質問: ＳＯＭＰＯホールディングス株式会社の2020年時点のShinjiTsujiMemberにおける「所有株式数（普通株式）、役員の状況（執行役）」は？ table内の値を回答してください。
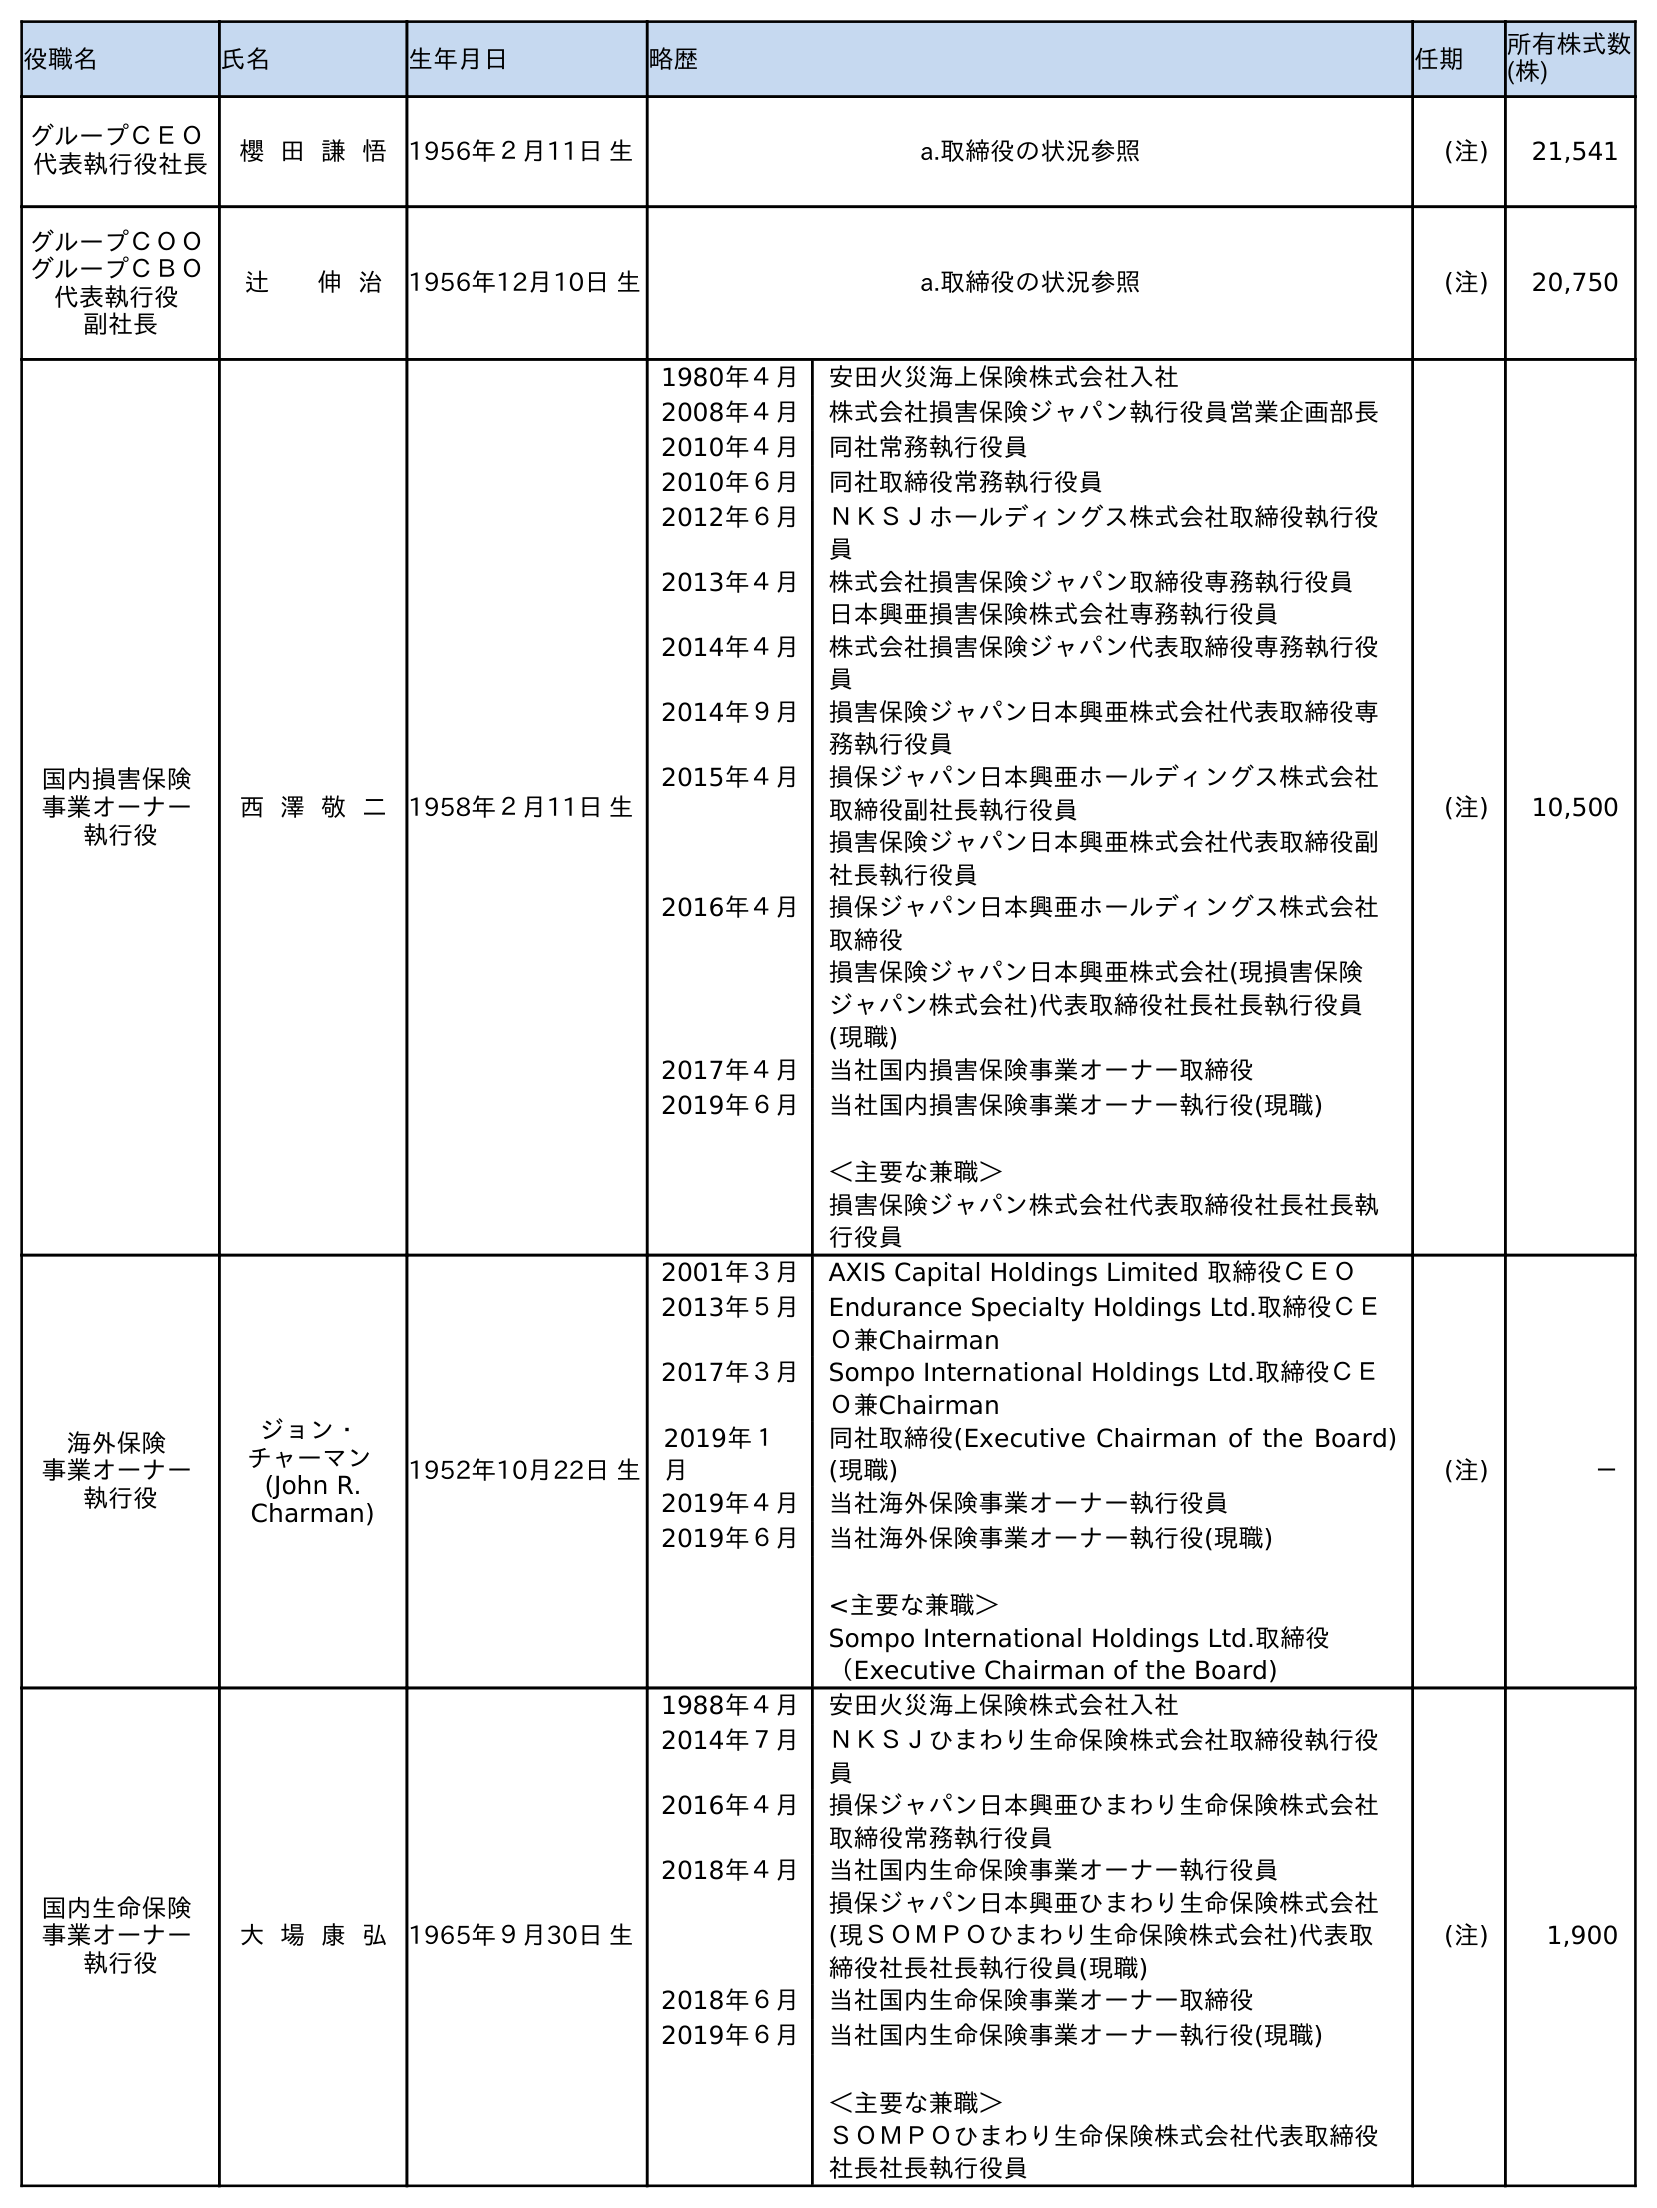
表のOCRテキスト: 役職名 氏名 生年月日 略歴 任期 所有株式数 (株) グループＣＥＯ 代表執行役社長 櫻 田 謙 悟 1956年２月11日 生 a.取締役の状況参照 (注) 21,541 グループＣＯＯ グループＣＢＯ 代表執行役 副社長 辻 伸 治 1956年12月10日 生 a.取締役の状況参照 (注) 20,750 国内損害保険 事業オーナー 執行役 西 澤 敬 二 1958年２月11日 生 1980年４月 安田火災海上保険株式会社入社 2008年４月 株式会社損害保険ジャパン執行役員営業企画部長 2010年４月 同社常務執行役員 2010年６月 同社取締役常務執行役員 2012年６月 ＮＫＳＪホールディングス株式会社取締役執行役 員 2013年４月 株式会社損害保険ジャパン取締役専務執行役員 日本興亜損害保険株式会社専務執行役員 2014年４月 株式会社損害保険ジャパン代表取締役専務執行役 員 2014年９月 損害保険ジャパン日本興亜株式会社代表取締役専 務執行役員 2015年４月 損保ジャパン日本興亜ホールディングス株式会社 取締役副社長執行役員 損害保険ジャパン日本興亜株式会社代表取締役副 社長執行役員 2016年４月 損保ジャパン日本興亜ホールディングス株式会社 取締役 損害保険ジャパン日本興亜株式会社(現損害保険 ジャパン株式会社)代表取締役社長社長執行役員 (現職) 2017年４月 当社国内損害保険事業オーナー取締役 2019年６月 当社国内損害保険事業オーナー執行役(現職) ＜主要な兼職＞ 損害保険ジャパン株式会社代表取締役社長社長執 行役員 (注) 10,500 海外保険 事業オーナー 執行役 ジョン・ チャーマン (John R. Charman) 1952年10月22日 生 2001年３月 AXIS Capital Holdings Limited 取締役ＣＥＯ 2013年５月 Endurance Specialty Holdings Ltd.取締役ＣＥ Ｏ兼Chairman 2017年３月 Sompo International Holdings Ltd.取締役ＣＥ Ｏ兼Chairman 2019年１ 月 同社取締役(Executive Chairman of the Board) (現職) 2019年４月 当社海外保険事業オーナー執行役員 2019年６月 当社海外保険事業オーナー執行役(現職) <主要な兼職＞ Sompo International Holdings Ltd.取締役 （Executive Chairman of the Board) (注) － 国内生命保険 事業オーナー 執行役 大 場 康 弘 1965年９月30日 生 1988年４月 安田火災海上保険株式会社入社 2014年７月 ＮＫＳＪひまわり生命保険株式会社取締役執行役 員 2016年４月 損保ジャパン日本興亜ひまわり生命保険株式会社 取締役常務執行役員 2018年４月 当社国内生命保険事業オーナー執行役員 損保ジャパン日本興亜ひまわり生命保険株式会社 (現ＳＯＭＰＯひまわり生命保険株式会社)代表取 締役社長社長執行役員(現職) 2018年６月 当社国内生命保険事業オーナー取締役 2019年６月 当社国内生命保険事業オーナー執行役(現職) ＜主要な兼職＞ ＳＯＭＰＯひまわり生命保険株式会社代表取締役 社長社長執行役員 (注) 1,900
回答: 20,750